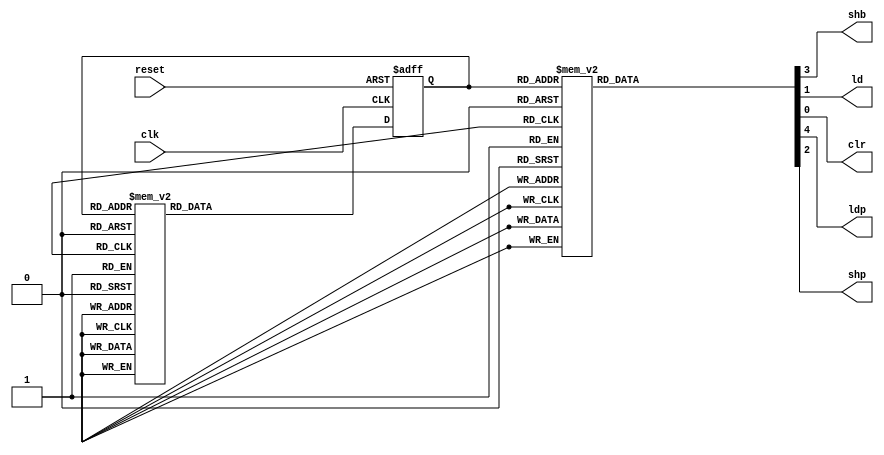
`timescale 1ns / 1ps
//////////////////////////////////////////////////////////////////////////////////
// Company: 
// Engineer: 
// 
// Design Name: 
// Module Name: FSM
// Project Name: 
// Target Devices: 
// Tool Versions: 
// Description: 
// 
// Dependencies: 
// 
// Revision:
// Revision 0.01 - File Created
// Additional Comments:
// 
//////////////////////////////////////////////////////////////////////////////////


 module FSM(reset,clk,shb,ld,clr,ldp,shp);

 input clk,reset;
 output shb,ld,clr,ldp,shp;
 reg shb,ld,clr,ldp,shp;

 reg[3:0] cs,ns;
 parameter s0 = 0, s1 = 1, s2 = 2, s3 = 3, s4 = 4, s5 = 5, s6 = 6, s7 = 7, s8 = 8, s9 = 9, s10 = 10, s11 = 11, s12 = 12, s13=13;

 always @ (posedge clk or posedge reset)
 begin
 if(reset)
 cs <= s0;
 else
 cs<=ns;
 end

always@(cs or clk)
begin
case(cs)
 s0: ns<=s1;
 s1: ns<=s2;
 s2: ns<=s3;
 s3: ns<=s4;
 s4: ns<=s5;
 s5: ns<=s6;
 s6: ns<=s7;
 s7: ns<=s8;
 s8: ns<=s9;
 s9: ns<=s10;
 s10:ns<=s11;
 s11:ns=s12;
 s12:ns<=s12;
 s13:ns<=s13;
default: ns<=s0;
endcase
end

always@(cs)
begin
case(cs)
 s0:begin
 clr=1;
 ld=0;
 shp=0;
 shb=0;
 ldp=0;
 end

 s1:begin
 clr=0; 
 ld=1;
 shp=0;
 shb=0;
 ldp=0;
 end
 
 s2:begin
 clr=0;
 ld=0;
 shp=0;
 shb=0;
 ldp=1;
 end
 
 s3:begin
 clr=0;
 ld=0;
 shp=1;
 shb=0;
 ldp=0;
 end 
 
 s4:begin
 clr=0;
 ld=0;
 shp=0;
 shb=1;
 ldp=0;
 end

 s5:begin
 clr=0;
 ld=0;
 shp=0;
 shb=0;
 ldp=1;
 end
 
 s6:begin
 clr=0;
 ld=0;
 shp=1;
 shb=0;
 ldp=0;
 end
 
 s7:begin
 clr=0;
 ld=0;
 shp=0;
 shb=1;
 ldp=0;
 end
 
 s8:begin
 clr=0;
 ld=0;
 shp=0;
 shb=0;
 ldp=1;
 end
  
 s9:begin
 clr=0;
 ld=0;
 shp=1;
 shb=0;
 ldp=0;
 end
 
 s10:begin
 clr=0;
 ld=0;
 shp=1;
 shb=1;
 ldp=0;
 end
 
 s11:begin
 clr=0;
 ld=0;
 shp=0;
 shb=1;
 ldp=1;
 end
 
 s12:begin
 clr=0;
 ld=0;
 shp=1;
 shb=1;
 ldp=0;
 end
 
 s13:begin
  clr=0;
  ld=0;
  shp=0;
  shb=0;
  ldp=0;
  end
  
 default:begin
 clr=0;
 ld=0;
 shp=0;
 shb=0;
 ldp=0;
 end
 endcase
 end
endmodule